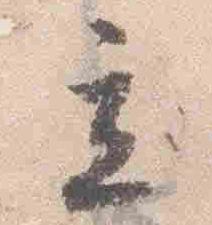
立